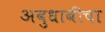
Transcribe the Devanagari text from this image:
अबुधाबीचा